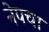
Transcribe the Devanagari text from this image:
नेपचा